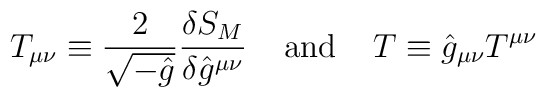
T_{\mu \nu} \equiv \frac{2}{\sqrt{- \hat{g}}}  \frac{\delta S_M}{\delta \hat{g}^{\mu \nu}} \; \; \; \; {\rm and} \; \; \; \; T \equiv \hat{g}_{\mu \nu} T^{\mu \nu}